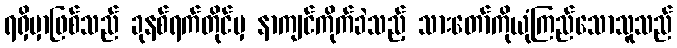
ရရှိမှာဖြစ်သည် ခုနစ်ရက်တိုင်မှ နာကျင်ကိုက်ခဲသည့် သားတော်ကိုယုံကြည်သောသူသည်